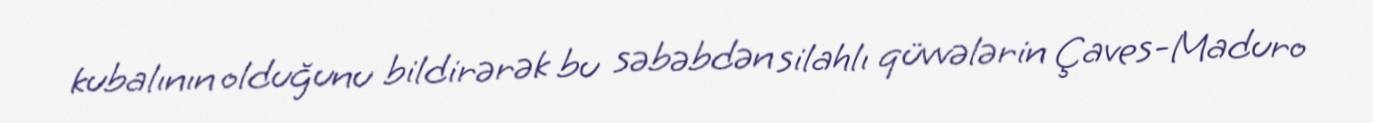
kubalının olduğunu bildirərək bu səbəbdən silahlı qüvvələrin Çaves-Maduro